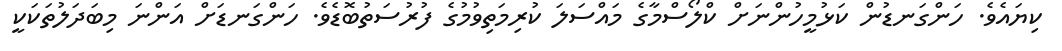
ކިޔައެވެ. ހަންގަނޑުން ކަޅުމީހުންނަށް ކްލޯސްމާގެ މައްސަލަ ކުރިމަތިވުމުގެ ފުރުސަތުބޮޑެވެ. ހަންގަނޑަށް އަންނަ މިބަދަލުތަކަކީ